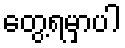
တွေ့ရမှာပါ